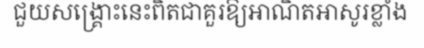
ជួយសង្គ្រោះនេះពិតជាគួរឱ្យអាណិតអាសូរខ្លាំង